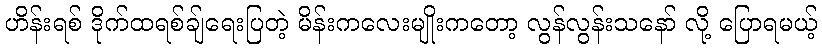
ဟိန်းရစ် ဒိုက်ထရစ်ချ်ရေးပြတဲ့ မိန်းကလေးမျိုးကတော့ လွန်လွန်းသနော် လို့ ပြောရမယ့်